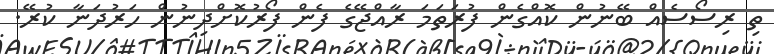
ތި ރިސޯސެއް ބޭނުން ކޮއްގެން ފުރަތަމަ ރާއްޖޭގެ ފެން ފޯރުކޮށްދިނުން ހަރުދަނާ ކުރޭ.